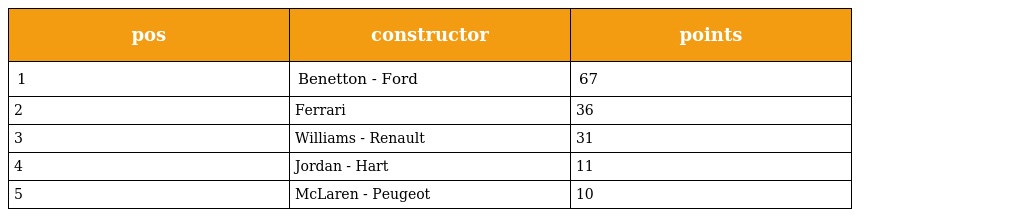
| pos | constructor | points |
 | --- | --- | --- |
 | 1 | Benetton - Ford | 67 |
 | 2 | Ferrari | 36 |
 | 3 | Williams - Renault | 31 |
 | 4 | Jordan - Hart | 11 |
 | 5 | McLaren - Peugeot | 10 |